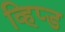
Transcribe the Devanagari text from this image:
व्हिप्ड